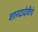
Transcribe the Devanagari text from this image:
शारदादेवीचे